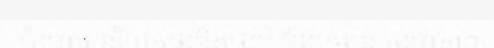
បំណង នាំយកផលិតផល ដែលមាន គុណភាព